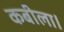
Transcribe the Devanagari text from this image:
कबीला।